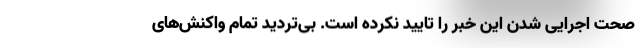
صحت اجرایی شدن این خبر را تایید نکرده است. بی‌تردید تمام واکنش‌های